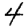
Digit: 4